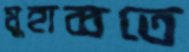
মুহাব্বতে